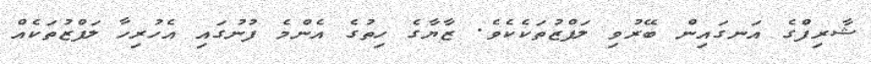
ޝާރިފްގެ އަނގައިން ބޭރުވި ލަފްޒުތަކެކެވެ. ޒާޔާގެ ހިތުގެ އެންމެ ފުނުގައި އެހުރިހާ ލަފްޒުތަކެއް